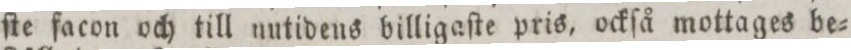
ſte facon och till nutidens billigaſte pris, ockſå mottages be=